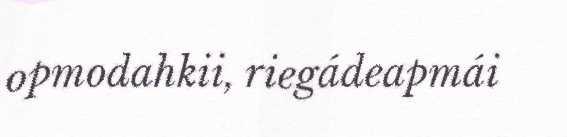
opmodahkii, riegádeapmái